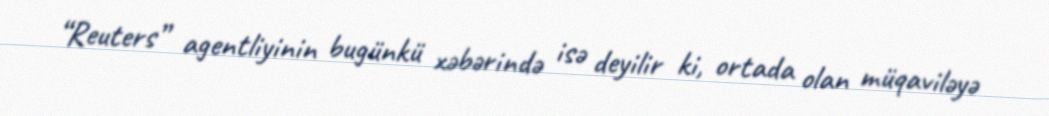
“Reuters” agentliyinin bugünkü xəbərində isə deyilir ki, ortada olan müqaviləyə